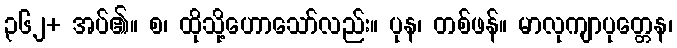
၃၆၂+ အပ်၏။ စ၊ ထိုသို့ဟောသော်လည်း။ ပုန၊ တစ်ဖန်။ မာလုကျာပုတ္တေန၊